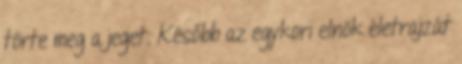
törte meg a jeget. Később az egykori elnök életrajzát